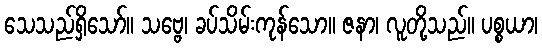
သေသည်ရှိသော်။ သဗ္ဗေ၊ ခပ်သိမ်းကုန်သော။ ဇနာ၊ လူတို့သည်။ ပစ္စယာ၊